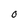
Character: O